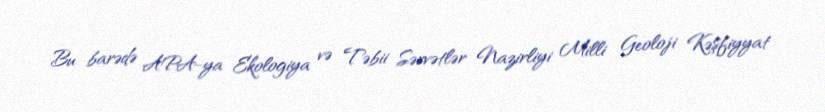
Bu barədə APA-ya Ekologiya və Təbii Sərvətlər Nazirliyi Milli Geoloji Kəşfiyyat